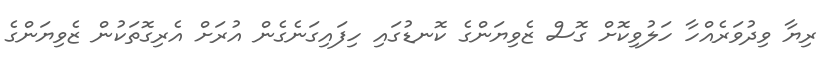
ރިޔާ ވިދުވަރެއްހާ ހަލުވިކޮށް ގޮސް ޒެވިޔަންގެ ކޮނޑުގައި ހިފައިގަނެގެން އުރަށް އެރިގޮތަކުން ޒެވިޔަންގެ